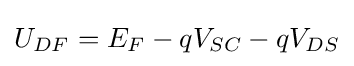
U_{DF}=E_{F}-qV_{SC}-qV_{DS}